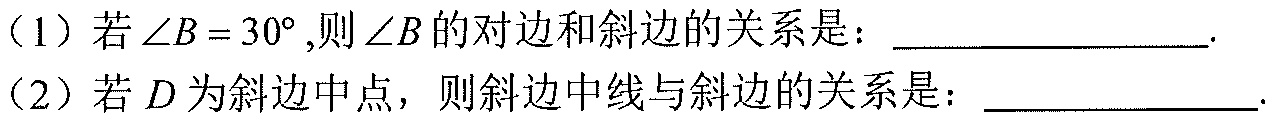
（1）若\(\angle B = 30^{\circ}\),则\(\angle B\)的对边和斜边的关系是：________________.
（2）若\(D\)为斜边中点，则斜边中线与斜边的关系是：________________.